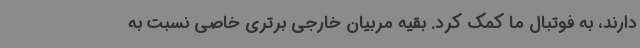
دارند، به فوتبال ما کمک کرد. بقیه مربیان خارجی برتری خاصی نسبت به